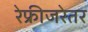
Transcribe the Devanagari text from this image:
रेफ्रीजरेतर